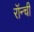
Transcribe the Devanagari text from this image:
रॉन्ची